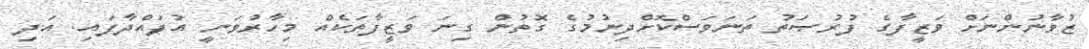
ޒުވާނުންނަށް ވަޒީފާގެ ފުރުޞަތު ތަނަވަސްކޮށްދިނުމުގެ ގޮތުން ގިނަ ވަޒީފާތަކެއް މިހާރުވަނީ އުފައްދާފައި. އަދި